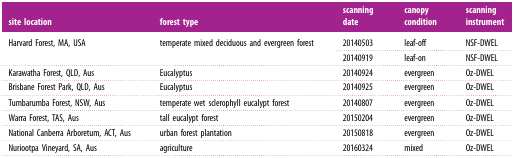
| site location | forest type | scanning date | canopy condition | scanning instrument |
 | --- | --- | --- | --- | --- |
 | <ROWSPAN=2> Harvard Forest, MA, USA | <ROWSPAN=2> temperate mixed deciduous and evergreen forest | 20140503 | leaf-off | NSF-DWEL |
 | 20140919 | leaf-on | NSF-DWEL |
 | Karawatha Forest, QLD, Aus | Eucalyptus | 20140924 | evergreen | Oz-DWEL |
 | Brisbane Forest Park, QLD, Aus | Eucalyptus | 20140925 | evergreen | Oz-DWEL |
 | Tumbarumba Forest, NSW, Aus | temperate wet sclerophyll eucalypt forest | 20140807 | evergreen | Oz-DWEL |
 | Warra Forest, TAS, Aus | tall eucalypt forest | 20150204 | evergreen | Oz-DWEL |
 | National Canberra Arboretum, ACT, Aus | urban forest plantation | 20150818 | evergreen | Oz-DWEL |
 | Nuriootpa Vineyard, SA, Aus | agriculture | 20160324 | mixed | Oz-DWEL |